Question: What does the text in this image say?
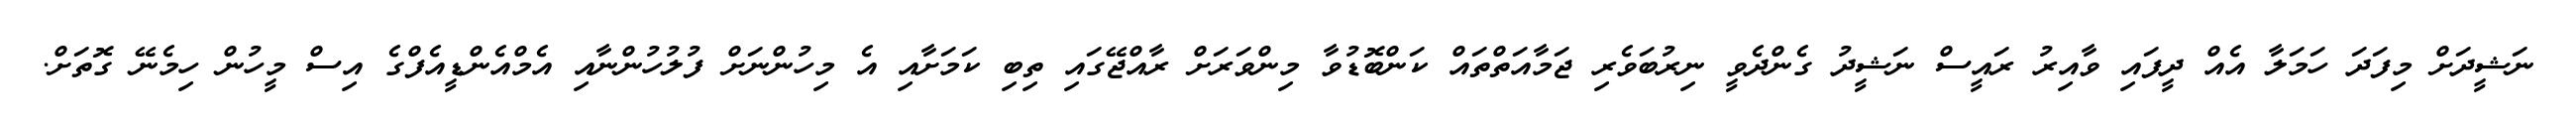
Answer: ނަޝީދަށް މިފަދަ ހަމަލާ އެއް ދީފައި ވާއިރު ރައީސް ނަޝީދު ގެންދެވީ ނިރުބަވެރި ޖަމާއަތްތައް ކަންބޮޑުވާ މިންވަރަށް ރާއްޖޭގައި ތިބި ކަމަށާއި އެ މިހުންނަށް ފުލުހުންނާއި އެމްއެންޑީއެފްގެ އިސް މީހުން ހިމެނޭ ގޮތަށް.